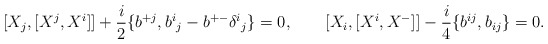
\begin{align*}[X_{j},[X^{j},X^{i}]] + {i\over 2}\{b^{+j},b^{i}{}_{j} - b^{+-}\delta^{i}{}_{j}\}=0,\qquad [X_{i},[X^{i},X^{-}]] - {i\over 4} \{b^{ij},b_{ij}\} =0.\end{align*}